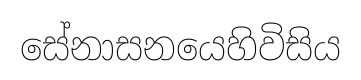
සේනාසනයෙහිවිසිය